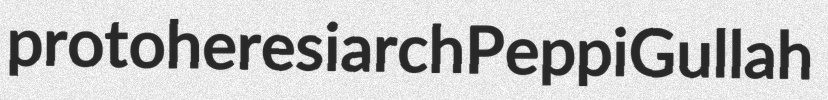
protoheresiarch Peppi Gullah